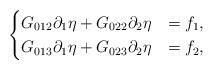
LaTeX: \begin{align*}\begin{cases}G_{012}\partial_1\eta+G_{022}\partial_2\eta&=f_1,\\G_{013}\partial_1\eta+G_{023}\partial_2\eta&=f_2,\\\end{cases}\end{align*}